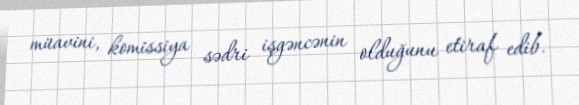
müavini, komissiya sədri işgəncənin olduğunu etiraf edib.